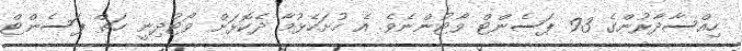
ހިއްސާދާރުންގެ 93 ޕަސެންޓް ވޯޓުންނެވެ. އެ ހުށަހެޅުމާ ދެކޮޅަށް ވޯޓުދިނީ ހަތް ޕަސެންޓް